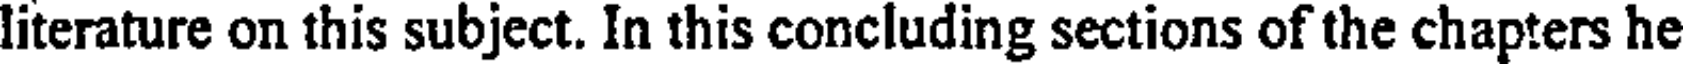
literature on this subject. In this concluding sections of the chapters he